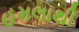
હમલાથી